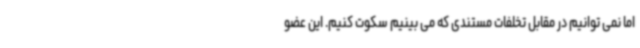
اما نمی توانیم در مقابل تخلفات مستندی که می بینیم سکوت کنیم. این عضو